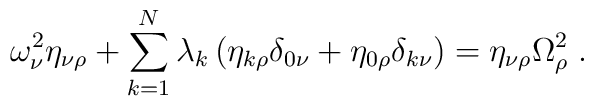
\omega_\nu^2\eta_{\nu\rho}+\sum_{k=1}^N\lambda_k\left(\eta_{k\rho}\delta_{0\nu}+\eta_{0\rho}\delta_{k\nu}\right)=\eta_{\nu\rho}\Omega_\rho^2\;.